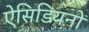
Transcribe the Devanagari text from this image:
ऐसिडियनों